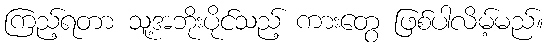
ကြည့်ရတာ သူ့အဘိုးပိုင်သည့် ကားတွေ ဖြစ်ပါလိမ့်မည်။